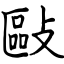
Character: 敺